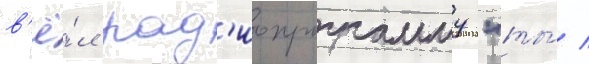
в'ё́л рад'иопрограмму "ты́ /